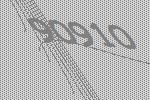
90910